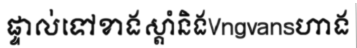
ផ្ទាល់ទៅខាងស្តាំនិងVngvansហាង